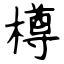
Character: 樽